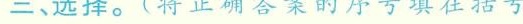
三、选择。（将正确答案的序号填在括号